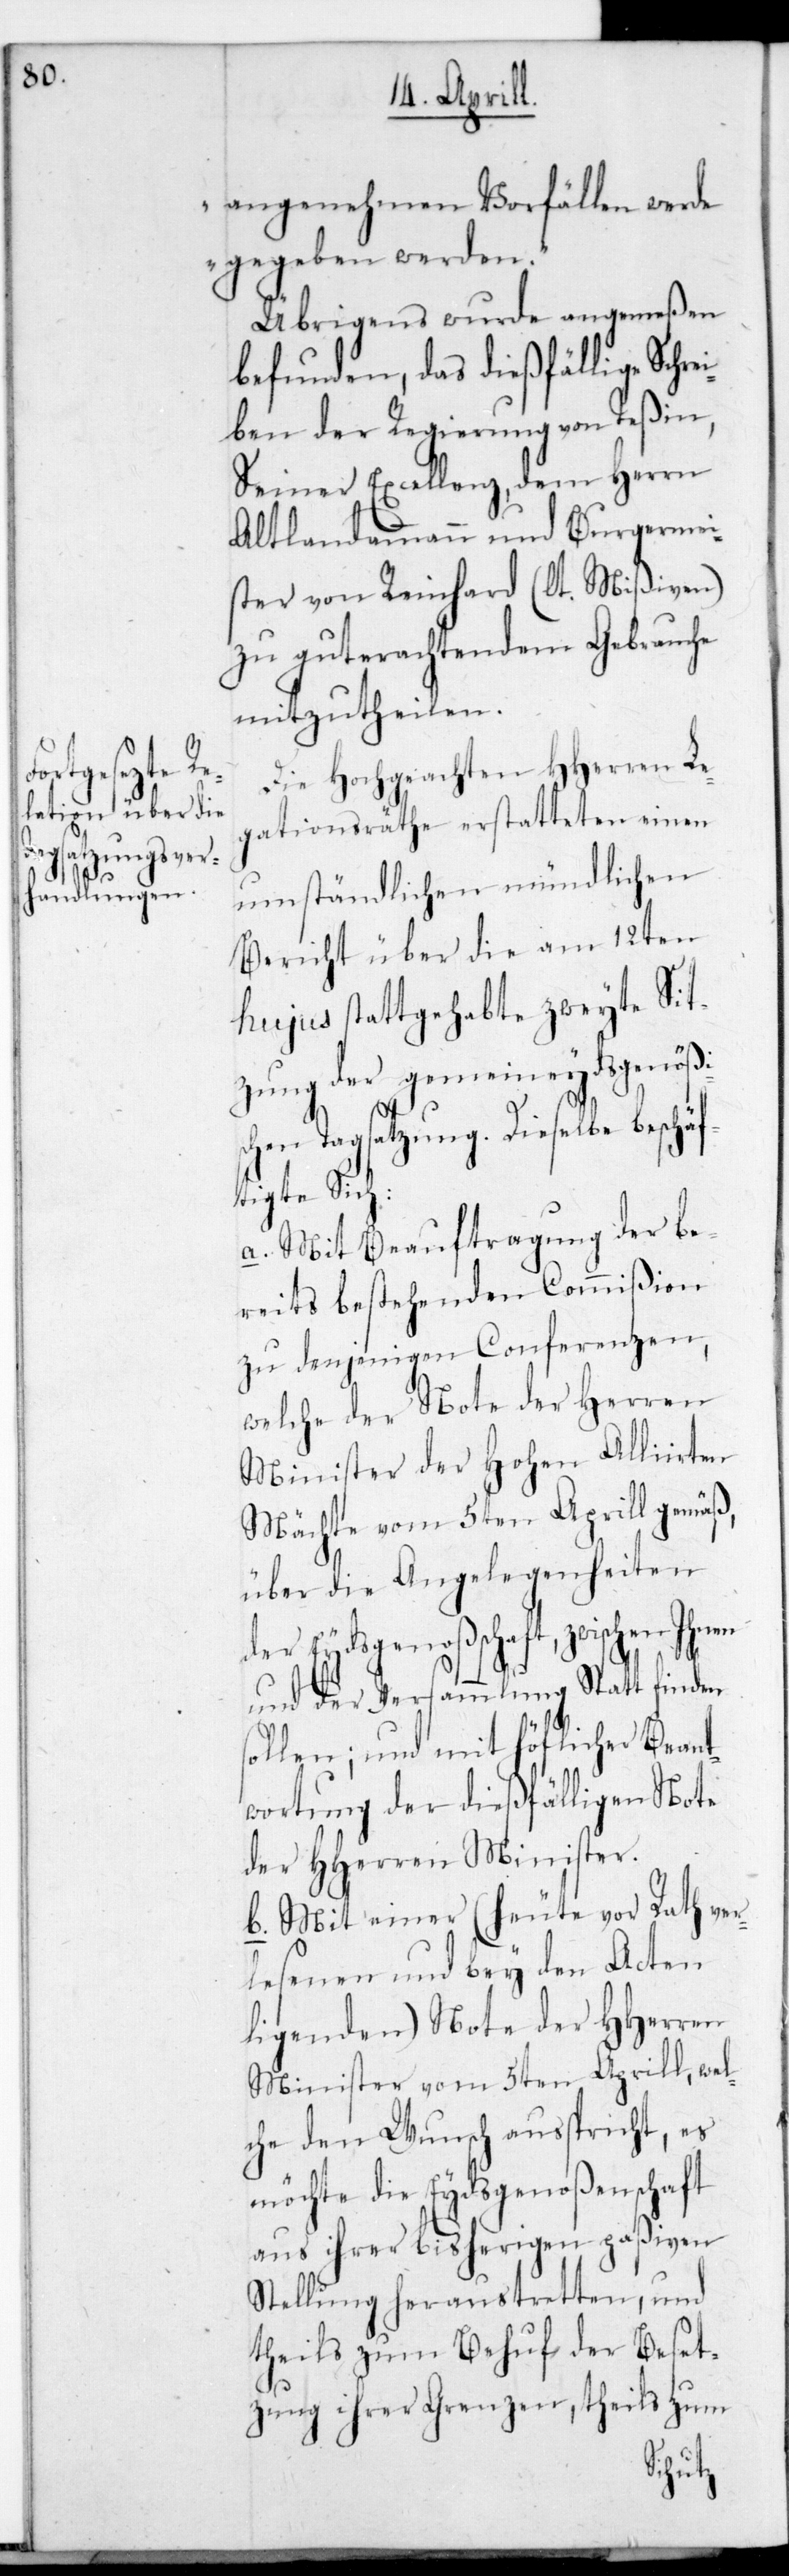
angenehmen Vorfällen werde
gegeben werden.“
Übrigens wurde angemeßen
befunden, das dießfällige Schr¬
ben der Regierung von Teßin,
Seiner Excellenz dem Herrn
Altlandammann und Burgermei¬
ster von Reinhard (lt. Mißiven)
zu gut erachtendem Gebrauche
mitzutheilen.
Die hochgeachten HHerren Le¬
gationsräthe erstatteten einen
umständlichen mündlichen
Bericht über die am 12ten
hujus stattgehabte zweyte Sit¬
zung der gemeineydsgenößis¬
chen Tagsatzung. Dieselbe beschä¬
ftigte sich:
a. Mit Beauftragung der be¬
reits bestehenden Commißion
zu denjenigen Conferenzen,
welche der Note der Herren
Minister der Hohen Alliirten
Mächte vom 5ten Aprill gemäß,
über die Angelegenheiten
der Eydsgenoßenschaft, zwischen ihnen
ei¬
und der Versammlung stattfinden
sollen; und mit höflicher Beant¬
wortung der dießfälligen Note
des HHerren Minister.
b. Mit einer (heute vor Rath ver¬
lesenen und bey den Acten
ligenden) Note die HHerren
Minister vom 5ten Aprill, wel¬
che den Wunsch außpricht, es
möchte der Eydsgenoßenschaft
aus ihrer bisherigen paßiven
Stellung heraustretten, und
theils zum Behuf der Beset¬
zung ihrer Grenzen, theils zum